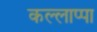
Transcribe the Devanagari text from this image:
कल्लाप्पा